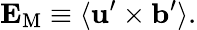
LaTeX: {\mathbf{E}}_{\mathrm{{M}}}\equiv\langle{{\mathbf{u}}^{\prime}\times{\mathbf{b}}^{\prime}}\rangle.